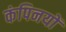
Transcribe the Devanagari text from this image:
कंपिनयों